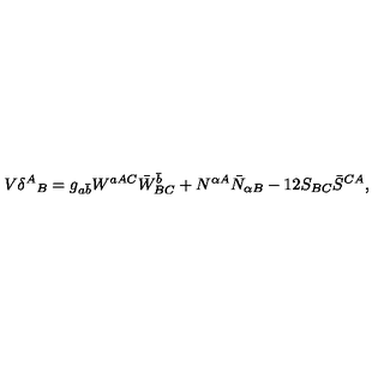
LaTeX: V \delta ^ { A } { } _ { B } = g _ { a \bar { b } } W ^ { a A C } \bar { W } _ { B C } ^ { \bar { b } } + N ^ { \alpha A } \bar { N } _ { \alpha B } - 1 2 S _ { B C } \bar { S } ^ { C A } ,